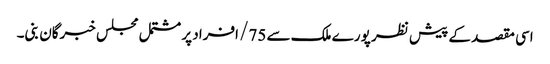
اسی مقصد کے پیش نظر پورے ملک سے 75/ افراد پر مشتمل مجلس خبرگان بنی۔